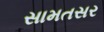
સામતસર